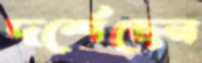
দর্শেছেন